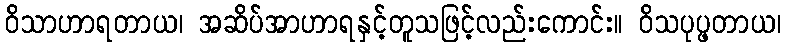
ဝိသာဟာရတာယ၊ အဆိပ်အာဟာရနှင့်တူသဖြင့်လည်းကောင်း။ ဝိသပုပ္ဖတာယ၊